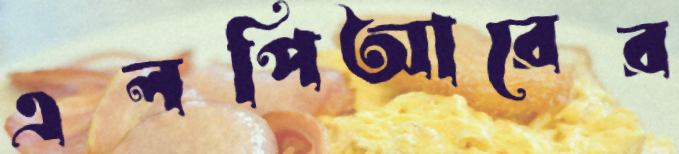
এলপিআরের